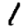
Digit: 1